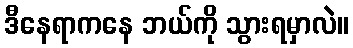
ဒီနေရာကနေ ဘယ်ကို သွားရမှာလဲ။